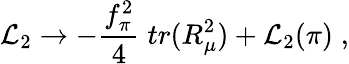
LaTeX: {\cal L}_{2}\rightarrow-\frac{f_{\pi}^{2}}{4}\; tr(R_{\mu}^{2})+{\cal L}_{2}(\pi)\; ,